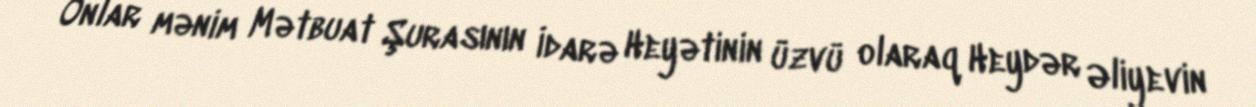
Onlar mənim Mətbuat Şurasının İdarə Heyətinin üzvü olaraq Heydər Əliyevin